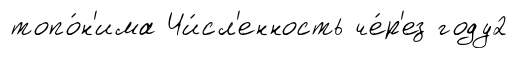
топо́н'има Чи́сл'енность че́р'ез году2